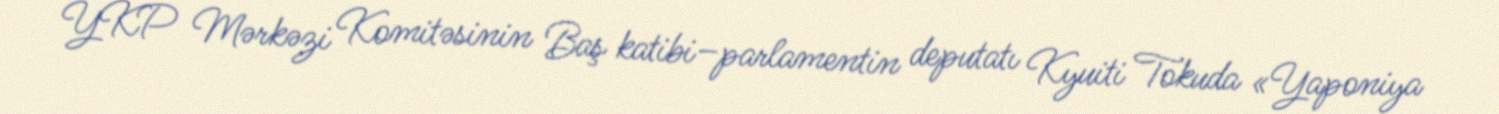
YKP Mərkəzi Komitəsinin Baş katibi–parlamentin deputatı Kyuiti Tokuda «Yaponiya